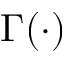
\Gamma ( \cdot )